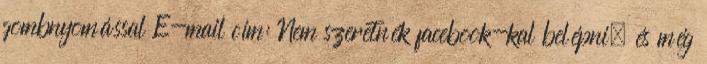
gombnyomással E-mail cím: Nem szeretnék facebook-kal belépni, és még